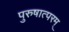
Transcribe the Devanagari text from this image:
पुरुषात्परम्